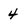
Character: 4